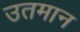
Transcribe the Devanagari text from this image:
उतमान